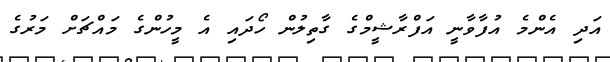
އަދި އެންމެ އުފާވާނީ އަފްރާޝީމްގެ ގާތިލުން ހޯދައި އެ މީހުންގެ މައްޗަށް މަރުގެ